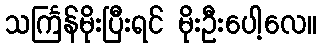
သင်္ကြန်မိုးပြီးရင် မိုးဦးပေါ့လေ။